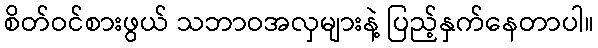
စိတ်ဝင်စားဖွယ် သဘာဝအလှများနဲ့ ပြည့်နှက်နေတာပါ။